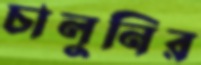
চালুনির